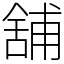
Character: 舖